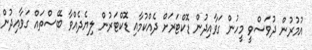
އުމުރުން ދުވަސްވީ މީހުން ގަވާއިދުން ޑޮކްޓަރަށް ދެއްކުމާއި ޑޮކްޓަރުން ލިޔެދެއްވާ ބޭސްތައް ގަވާއިދުން